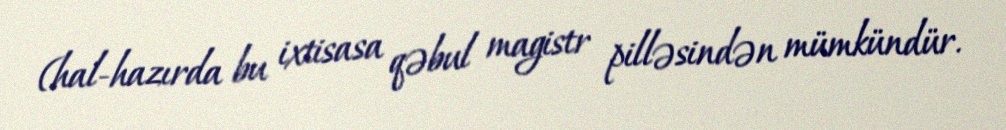
(hal-hazırda bu ixtisasa qəbul magistr pilləsindən mümkündür.